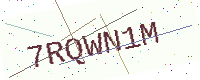
Text: 7RQWN1M